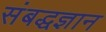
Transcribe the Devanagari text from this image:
संबद्धज्ञान